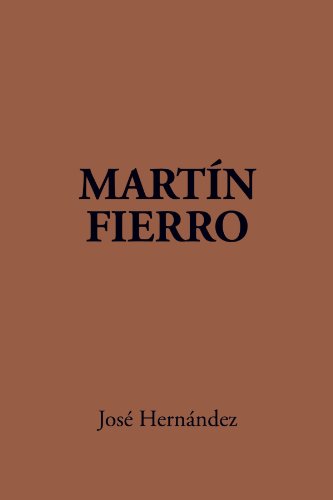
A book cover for Martin Fierro (English and Spanish Edition); Jose Hernandez; Parenting & Relationships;